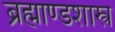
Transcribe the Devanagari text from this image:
ब्रह्माण्डशास्त्र